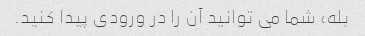
بله، شما می توانید آن را در ورودی پیدا کنید.